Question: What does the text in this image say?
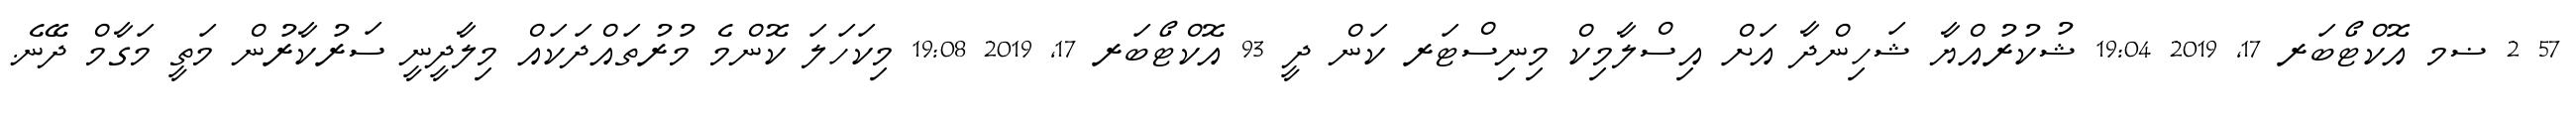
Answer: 57 2 ޟމ އޮކްޓޯބަރ 17, 2019 19:04 ޝުކުރުއްޔާ ޝަހިންދާ އަށް އިސްލާމިކް މިނިސްޓަރ ކަން ދީ 93 އޮކްޓޯބަރ 17, 2019 19:08 މިކަހަލަ ކޮންމެ މުރުތައްދަކައް މިލާދީނީ ސަރުކާރުން މަތީ މަގާމް ދޭނެ.